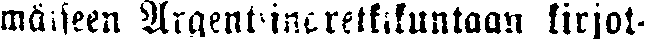
mäiseen Argentiinanretkikuntaan kirjoi-